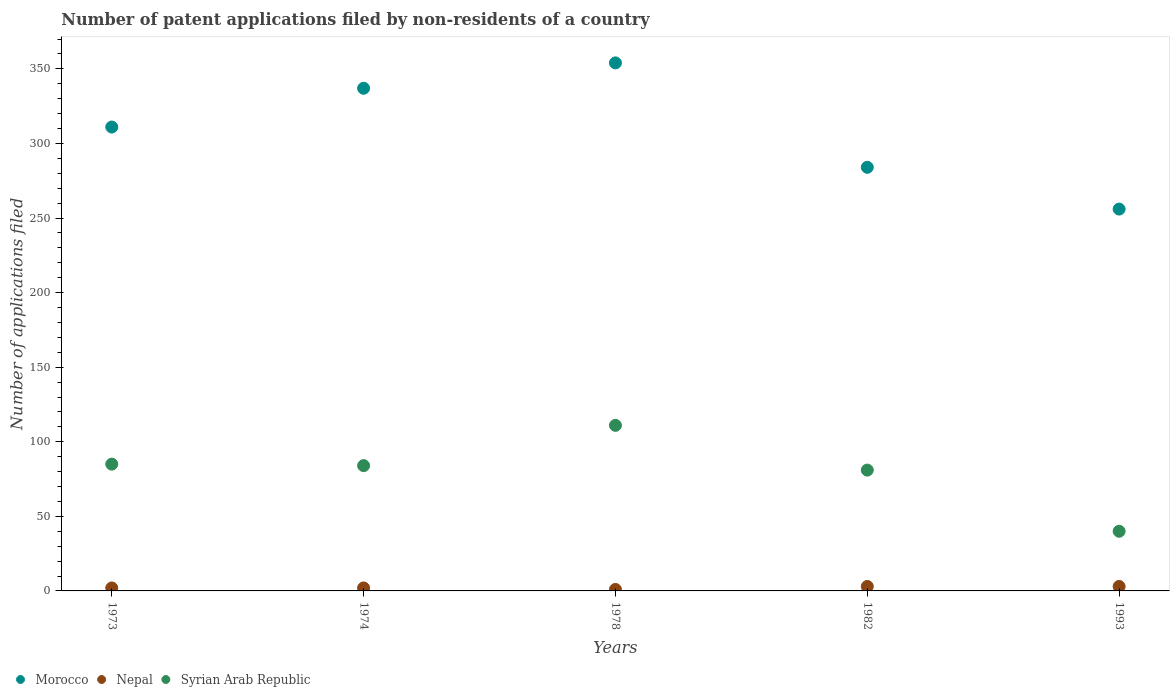
| Years | Morocco | Nepal | Syrian Arab Republic |
 | --- | --- | --- | --- |
 | 1973 | 311 | 2 | 85 |
 | 1974 | 337 | 2 | 84 |
 | 1978 | 354 | 1 | 111 |
 | 1982 | 284 | 3 | 81 |
 | 1993 | 256 | 3 | 40 |